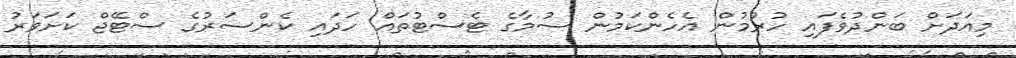
މިއަދަށް ބަންދުވެފައި ހުރުމުން އެހެންކަމުން ސުމާގެ ޓެސްޓުތައް ހަދައި ކެންސަރުގެ ސްޓޭޖް ކަށަވަރު